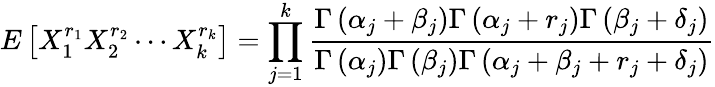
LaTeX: E\left[X_{1}^{r_{1}}X_{2}^{r_{2}}\cdots X_{k}^{r_{k}}\right]=\prod_{j=1}^{k}{\frac{\Gamma\left(\alpha_{j}+\beta_{j}\right)\Gamma\left(\alpha_{j}+r_{j}\right)\Gamma\left(\beta_{j}+\delta_{j}\right)}{\Gamma\left(\alpha_{j}\right)\Gamma\left(\beta_{j}\right)\Gamma\left(\alpha_{j}+\beta_{j}+r_{j}+\delta_{j}\right)}}